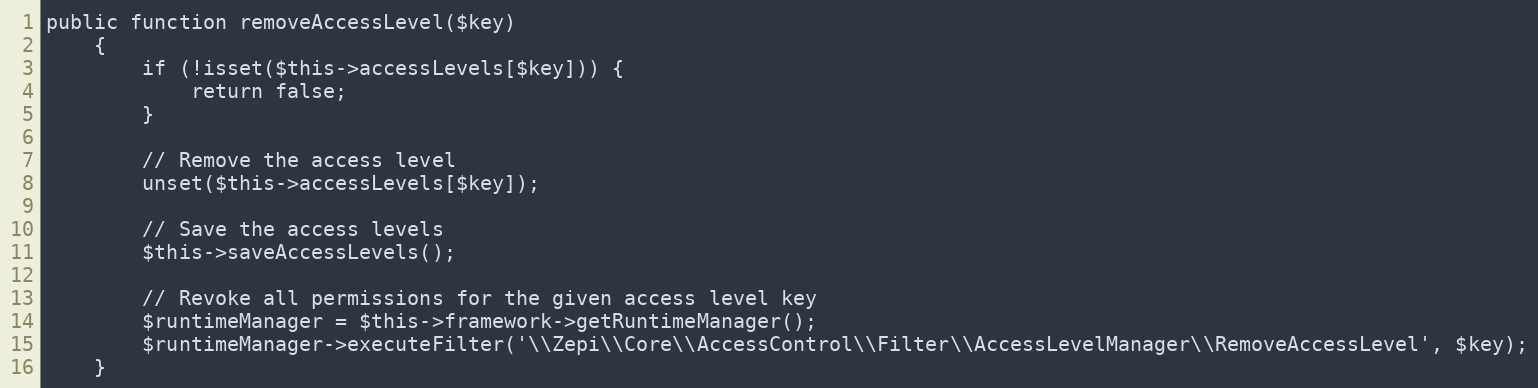
Language: PHP
public function removeAccessLevel($key)
    {
        if (!isset($this->accessLevels[$key])) {
            return false;
        }

        // Remove the access level
        unset($this->accessLevels[$key]);

        // Save the access levels
        $this->saveAccessLevels();

        // Revoke all permissions for the given access level key
        $runtimeManager = $this->framework->getRuntimeManager();
        $runtimeManager->executeFilter('\\Zepi\\Core\\AccessControl\\Filter\\AccessLevelManager\\RemoveAccessLevel', $key);
    }